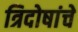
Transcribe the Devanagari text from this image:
त्रिदोषांचे